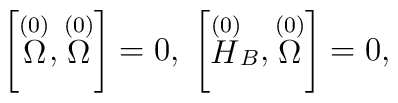
\left[ \stackrel{(0)}{\Omega },\stackrel{(0)}{\Omega }\right] =0,\;\left[ \stackrel{(0)}{H}_{B},\stackrel{(0)}{\Omega }\right] =0,